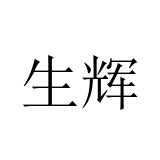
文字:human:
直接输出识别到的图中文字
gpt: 生辉